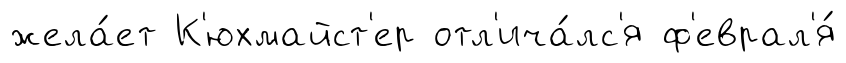
жела́ет К'юхмайст'ер отл'ича́лс'я ф'еврал'я́